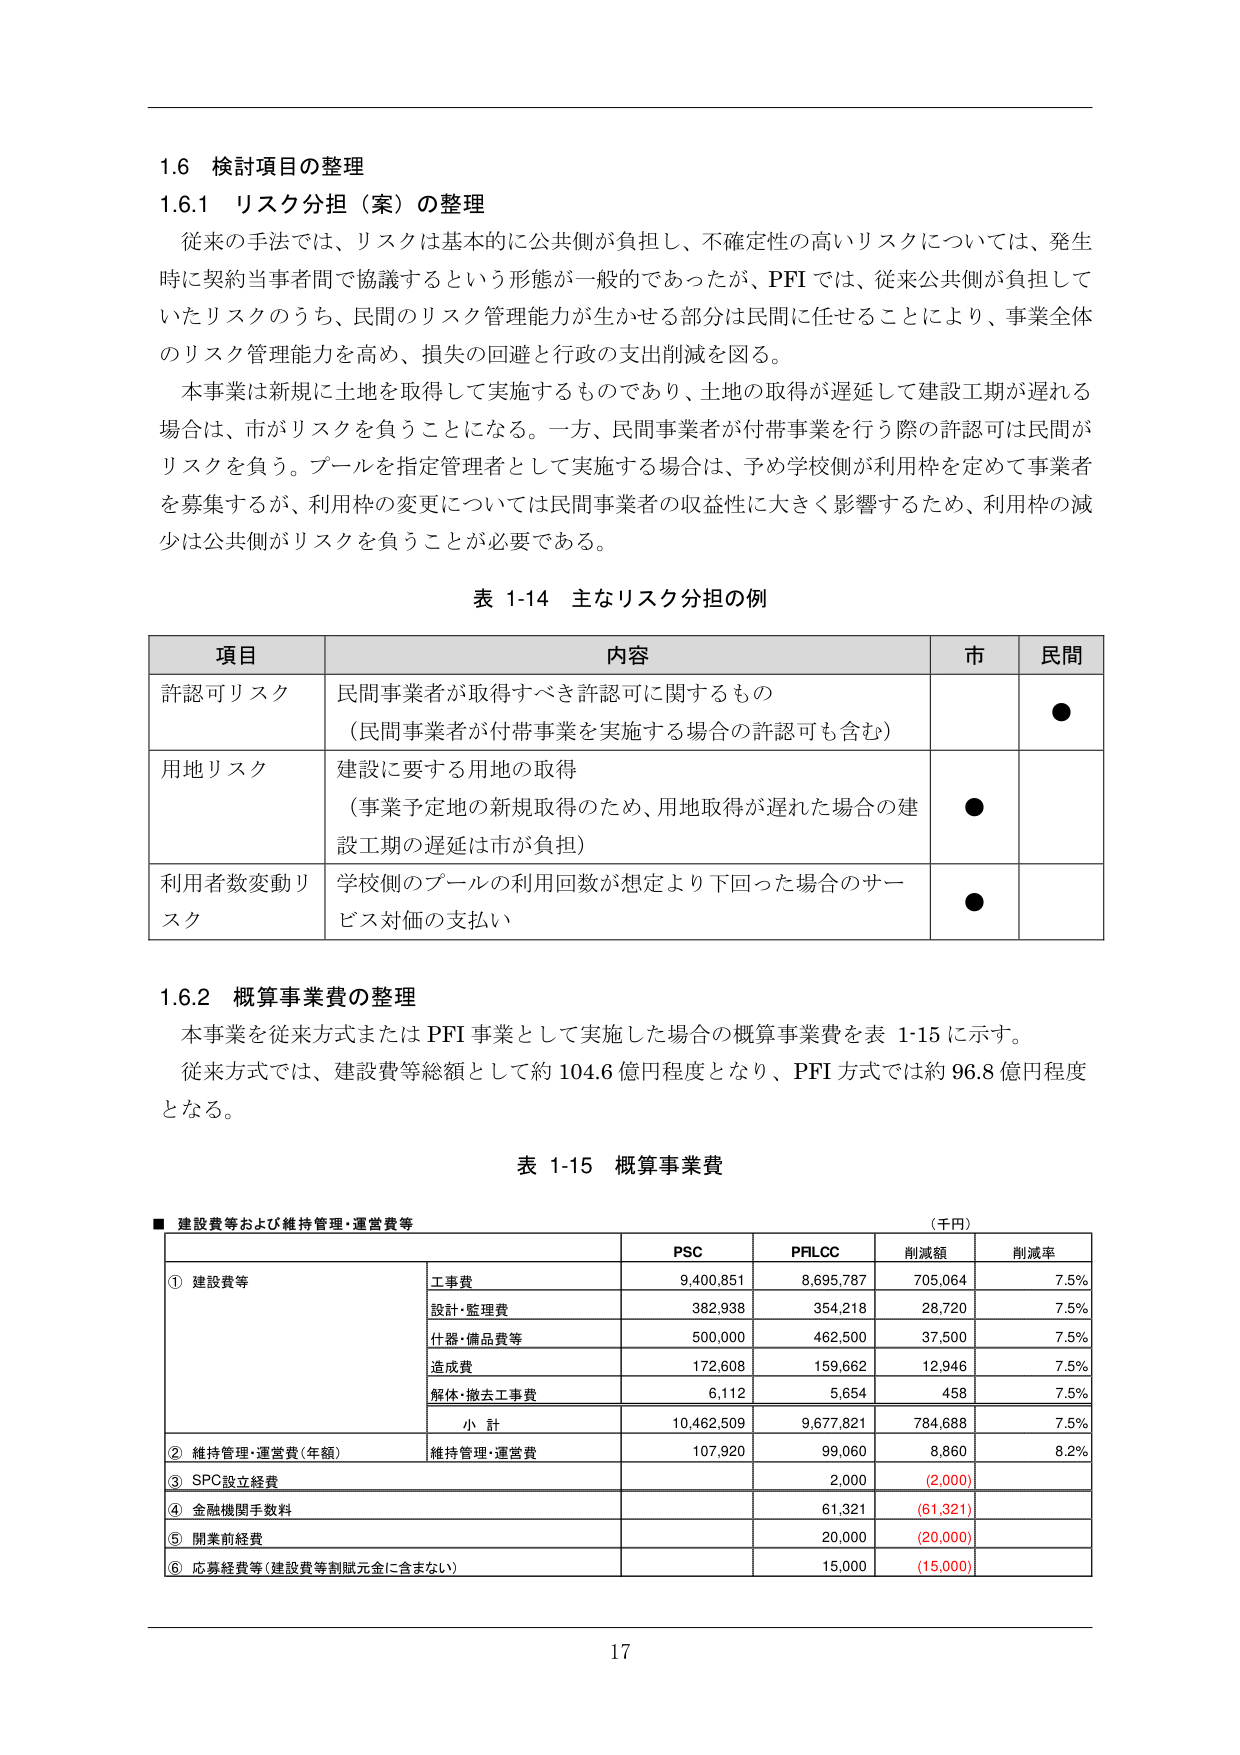
1.6 検討項目の整理
1.6.1 リスク分担（案）の整理
従来の手法では、リスクは基本的に公共側が負担し、不確定性の高いリスクについては、発生時に契約当事者間で協議するという形態が一般的であったが、PFIでは、従来公共側が負担していたリスクのうち、民間のリスク管理能力が生かせる部分は民間に任せることにより、事業全体のリスク管理能力を高め、損失の回避と行政の支出削減を図る。
本事業は新規に土地を取得して実施するものであり、土地の取得が遅延して建設工期が遅れる場合は、市がリスクを負うことになる。一方、民間事業者が付帯事業を行う際の許認可是民間がリスクを負う。プールを指定管理者として実施する場合は、予め学校側が利用枠を定めて事業者を募集するが、利用枠の変更については民間事業者の収益性に大きく影響するため、利用枠の減少は公共側がリスクを負うことが必要である。

表 1-14 主なリスク分担の例
項目 内容 市 民間
許認可リスク 民間事業者が取得すべき許認可に関するもの（民間事業者が付帯事業を実施する場合の許認可も含む） ●
用地リスク 建設に要する用地の取得（事業予定地の新規取得のため、用地取得が遅れた場合の建設工期の遅延は市が負担） ●
利用者数変動リスク 学校側のプールの利用回数が想定より下回った場合のサービス対価の支払い ●

1.6.2 概算事業費の整理
本事業を従来方式またはPFI事業として実施した場合の概算事業費を表 1-15 に示す。
従来方式では、建設費等総額として約104.6億円程度となり、PFI方式では約96.8億円程度となる。

表 1-15 概算事業費
■ 建設費等および維持管理・運営費等 （千円）
PSC PRLCC 削減額 削減率
① 建設費等
　工事費 9,400,851 8,695,787 705,064 7.5%
　設計・監理費 382,938 354,218 28,720 7.5%
　什器・備品費等 500,000 462,500 37,500 7.5%
　造成費 172,608 159,662 12,946 7.5%
　解体・撤去工事費 6,112 5,654 458 7.5%
　小 計 10,462,509 9,677,821 784,688 7.5%
② 維持管理・運営費（年額） 維持管理・運営費 107,920 99,060 8,860 8.2%
③ SPC設立経費 2,000 (2,000)
④ 金融機関手数料 61,321 (61,321)
⑤ 開業前経費 20,000 (20,000)
⑥ 応募経費等（建設費等割賦元金に含まない） 15,000 (15,000)

17